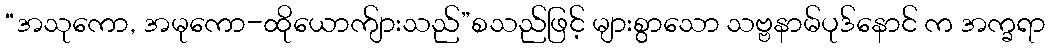
“အသုကော, အမုကော-ထိုယောက်ျားသည်”စသည်ဖြင့် များစွာသော သဗ္ဗနာမ်ပုဒ်နောင် က အက္ခရာ